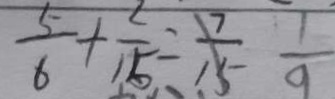
\frac { 5 } { 6 } + \frac { 2 } { 1 5 } = \frac { 1 7 } { 1 5 } \frac { 1 } { 9 }